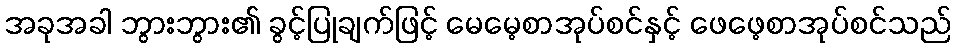
အခုအခါ ဘွားဘွား၏ ခွင့်ပြုချက်ဖြင့် မေမေ့စာအုပ်စင်နှင့် ဖေဖေ့စာအုပ်စင်သည်